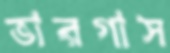
ভারগাস